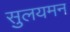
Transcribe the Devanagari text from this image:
सुलयमन